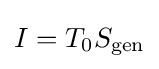
I=T_{0}S_{\text{gen}}